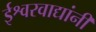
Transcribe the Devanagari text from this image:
ईश्वरवाद्यांनी